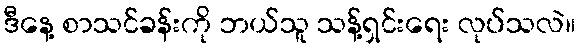
ဒီနေ့ စာသင်ခန်းကို ဘယ်သူ သန့်ရှင်းရေး လုပ်သလဲ။